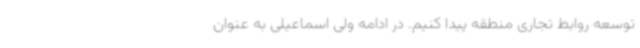
توسعه روابط تجاری منطقه پیدا کنیم. در ادامه ولی اسماعیلی به عنوان